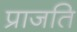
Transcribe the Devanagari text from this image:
प्राजति